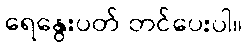
ရေနွေးပတ် တင်ပေးပါ။